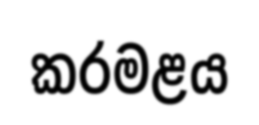
කරමළය